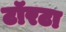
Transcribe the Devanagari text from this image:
टॉरटा